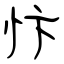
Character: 忭